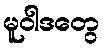
မူဝါဒတွေ